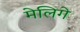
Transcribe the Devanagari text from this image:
मेलिगे